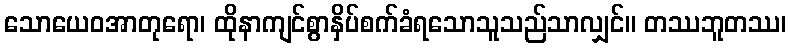
သောယေဝအာတုရော၊ ထိုနာကျင်စွာနှိပ်စက်ခံရသောသူသည်သာလျှင်။ တဿဘူတဿ၊